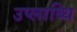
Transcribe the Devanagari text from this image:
उप्लाब्धि